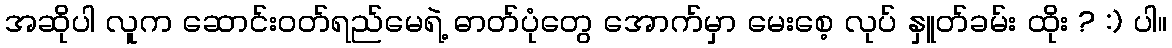
အဆိုပါ လူက ဆောင်းဝတ်ရည်မေရဲ့ ဓာတ်ပုံတွေ အောက်မှာ မေးစေ့ လုပ် နှူတ်ခမ်း ထိုး ? :) ပါ။